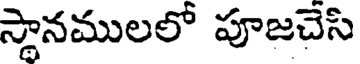
స్థానములలో పూజచెసి